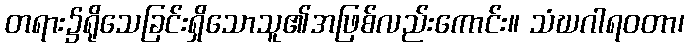
တရား၌ရိုသေခြင်းရှိသောသူ၏အဖြစ်လည်းကောင်း။ သံဃဂါရဝတာ၊